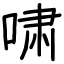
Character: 啸